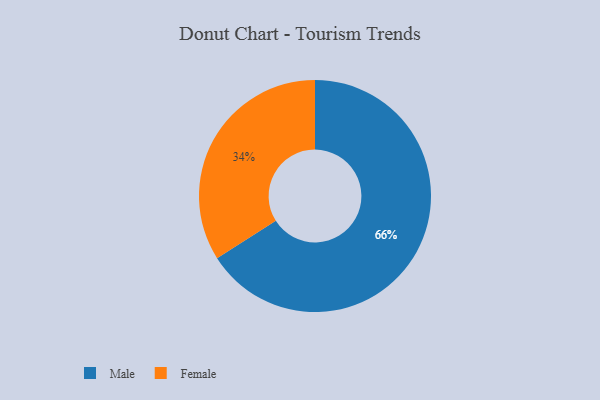
{"axis": {"x": "Category", "y": "Percentage"}, "legend": ["Female", "Male"], "data": [{"x": "Male", "y": 66, "type": "Male"}, {"x": "Female", "y": 34, "type": "Female"}]}